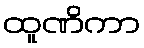
ထူဏိကာ